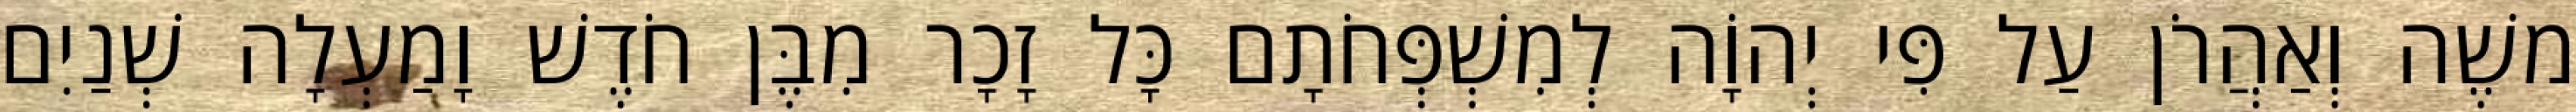
משֶׁה וְאַהֲרֹן עַל פִּי יְהוָֹה לְמִשְׁפְּחֹתָם כָּל זָכָר מִבֶּן חֹדֶשׁ וָמַעְלָה שְׁנַיִם